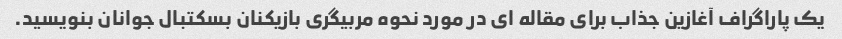
یک پاراگراف آغازین جذاب برای مقاله ای در مورد نحوه مربیگری بازیکنان بسکتبال جوانان بنویسید.